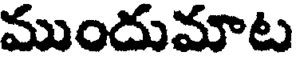
ముందుమాట